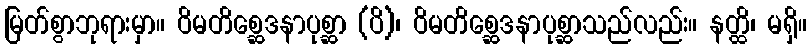
မြတ်စွာဘုရားမှာ။ ဝိမတိစ္ဆေဒနာပုစ္ဆာ (ပိ)၊ ဝိမတိစ္ဆေဒနာပုစ္ဆာသည်လည်း။ နတ္ထိ၊ မရှိ။